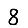
Digit: 8